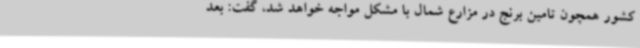
کشور همچون تامین برنج در مزارع شمال با مشکل مواجه خواهد شد، گفت: بعد